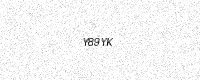
Text: Y89YK